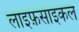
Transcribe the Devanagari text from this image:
लाइफ़साइकल